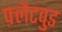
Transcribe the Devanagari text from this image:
फ़्लैटवुड